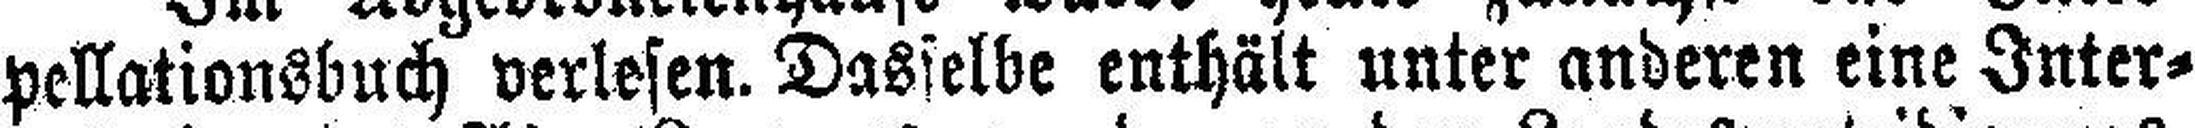
pellationsbuch verlesen. Dasselbe enthält unter anderen eine Inter¬